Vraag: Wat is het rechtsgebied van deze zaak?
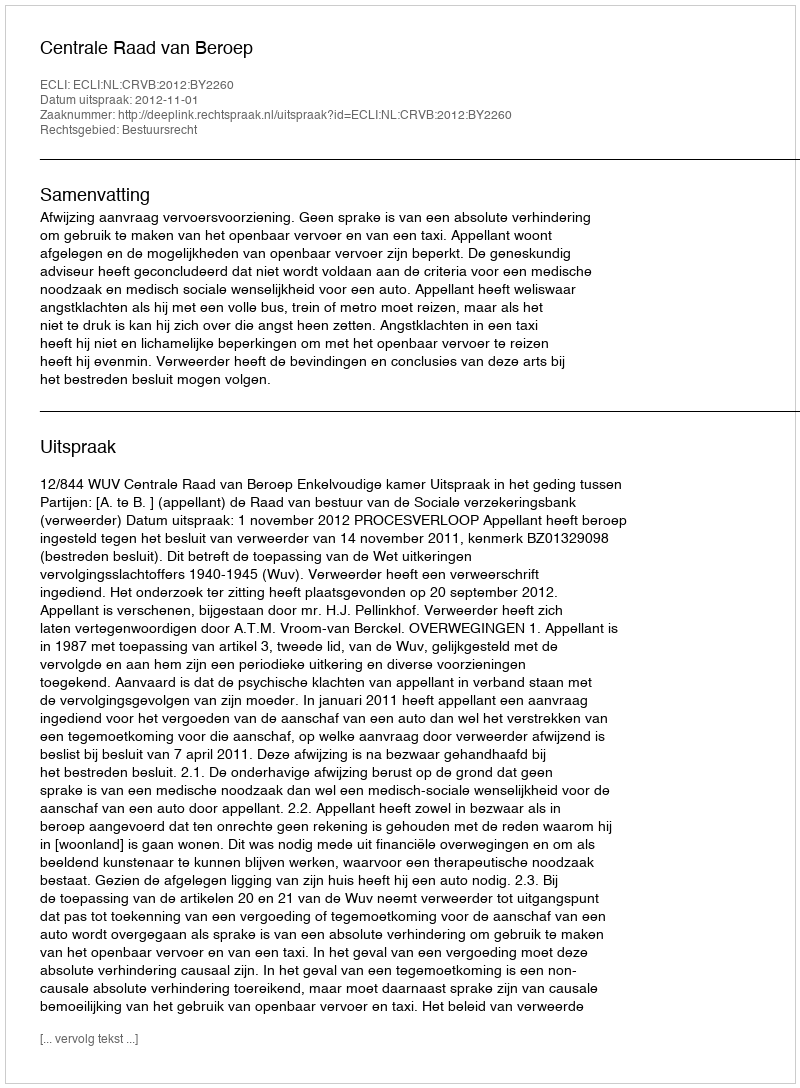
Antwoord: Bestuursrecht